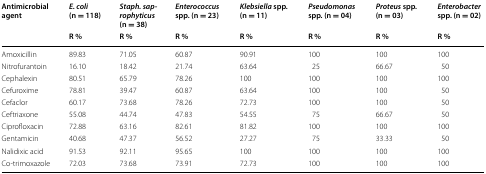
<table><thead><tr><td rowspan="2"><b>Antimicrobial agent</b></td><td><b><i>E. coli</i> (n = 118)</b></td><td><b><i>Staph. saprophyticus</i> (n = 38)</b></td><td><b><i>Enterococcus</i> spp. (n = 23)</b></td><td><b><i>Klebsiella</i> spp. (n = 11)</b></td><td><b><i>Pseudomonas</i> spp. (n = 04)</b></td><td><b><i>Proteus</i> spp. (n = 03)</b></td><td><b><i>Enterobacter</i> spp. (n = 02)</b></td></tr><tr><td><b>R %</b></td><td><b>R %</b></td><td><b>R %</b></td><td><b>R %</b></td><td><b>R %</b></td><td><b>R %</b></td><td><b>R %</b></td></tr></thead><tbody><tr><td>Amoxicillin</td><td>89.83</td><td>71.05</td><td>60.87</td><td>90.91</td><td>100</td><td>100</td><td>100</td></tr><tr><td>Nitrofurantoin</td><td>16.10</td><td>18.42</td><td>21.74</td><td>63.64</td><td>25</td><td>66.67</td><td>50</td></tr><tr><td>Cephalexin</td><td>80.51</td><td>65.79</td><td>78.26</td><td>100</td><td>100</td><td>100</td><td>100</td></tr><tr><td>Cefuroxime</td><td>78.81</td><td>39.47</td><td>60.87</td><td>63.64</td><td>100</td><td>100</td><td>50</td></tr><tr><td>Cefaclor</td><td>60.17</td><td>73.68</td><td>78.26</td><td>72.73</td><td>100</td><td>100</td><td>50</td></tr><tr><td>Ceftriaxone</td><td>55.08</td><td>44.74</td><td>47.83</td><td>54.55</td><td>75</td><td>66.67</td><td>50</td></tr><tr><td>Ciprofloxacin</td><td>72.88</td><td>63.16</td><td>82.61</td><td>81.82</td><td>100</td><td>100</td><td>100</td></tr><tr><td>Gentamicin</td><td>40.68</td><td>47.37</td><td>56.52</td><td>27.27</td><td>75</td><td>33.33</td><td>50</td></tr><tr><td>Nalidixic acid</td><td>91.53</td><td>92.11</td><td>95.65</td><td>100</td><td>100</td><td>100</td><td>100</td></tr><tr><td>Co-trimoxazole</td><td>72.03</td><td>73.68</td><td>73.91</td><td>72.73</td><td>100</td><td>100</td><td>100</td></tr></tbody></table>